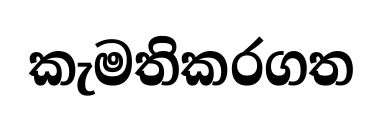
කැමතිකරගත